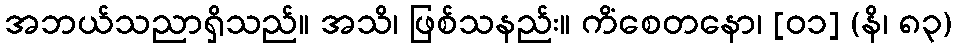
အဘယ်သညာရှိသည်။ အသိ၊ ဖြစ်သနည်း။ ကိံစေတနော၊ [၀၁] (နိ၊ ၈၃)